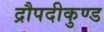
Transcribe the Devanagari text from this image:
द्रौपदीकुण्ड